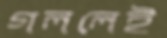
গললেই